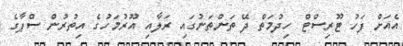
އެއަށް ފަހު ޓޫރިސްޓް ހިދުމަތް ދޭ ތަންތަނުގައި ރަލާއި އޫރުމަހުގެ އިތުރުން ސްޕާގެ